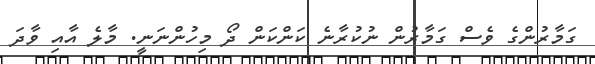
ގަމާރުންގެ ވެސް ގަމާރުން ނުކުރާނެ ކަންކަން ދޯ މިހުންނަނީ. މާލެ އާއި ވާދަ